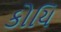
કોયિ